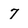
Character: 7